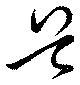
兵